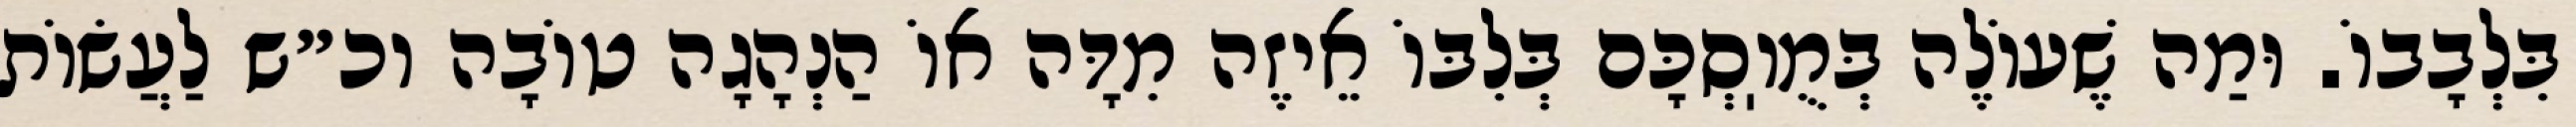
בִּלְבָבוֹ. וּמַה שֶׁעוֹלֶה בְּמֻוֽסְכָּם בְּלִבּוֹ אֵיזֶה מִדָּה אוֹ הַנְהָגָה טוֹבָה וכ״ש לַעֲשׂוֹת